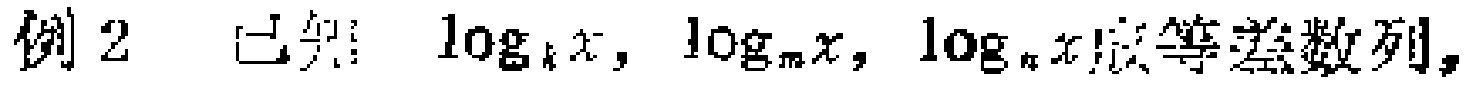
例2 已知：$\log_{k}x,\log_{m}x,\log_{n}x$成等差数列，